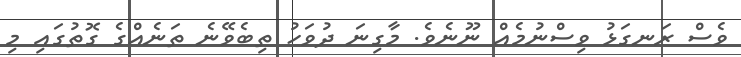
ވެސް ރަނގަޅު ވިސްނުމެއް ނޫނެވެ. މާގިނަ ދުވަހު ތިބެވޭނެ ތަނެއްގެ ގޮތުގައި މި